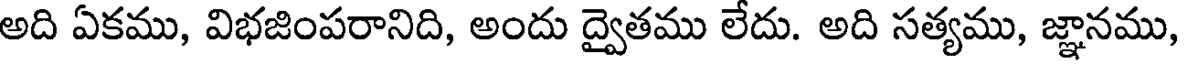
అది ఏకము, విభజింపరానిది, అందు ద్వైతము లేదు. అది సత్యము, జ్ఞానము,